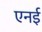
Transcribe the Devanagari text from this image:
एनई